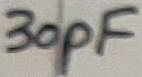
Text: 30pF